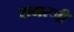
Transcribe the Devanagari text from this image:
समरजी